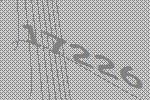
17226